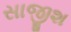
સાજીશ